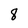
Character: 8